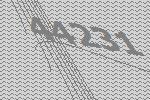
44231